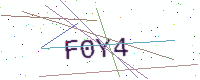
Text: F0Y4